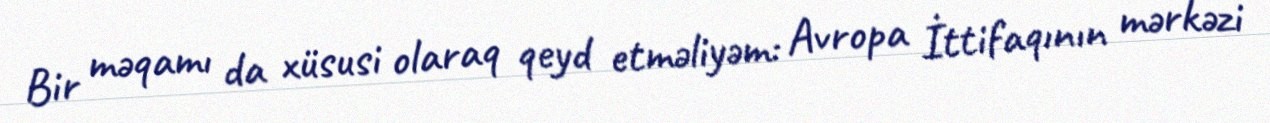
Bir məqamı da xüsusi olaraq qeyd etməliyəm: Avropa İttifaqının mərkəzi